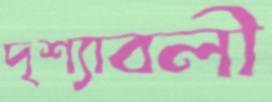
দৃশ্যাবলী